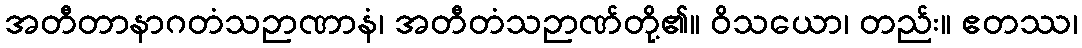
အတီတာနာဂတံသဉာဏာနံ၊ အတီတံသဉာဏ်တို့၏။ ဝိသယော၊ တည်း။ ဧတဿ၊